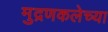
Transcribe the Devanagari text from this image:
मुद्रणकलेच्या